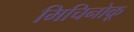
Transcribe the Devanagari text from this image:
मिचिनोकू